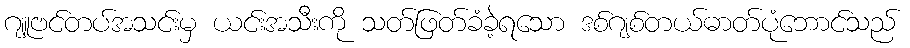
ဂျူဗင်တပ်အသင်းမှ ယင်းအသီးကို သတ်ဖြတ်ခံခဲ့ရသော ဒစ်ဂျစ်တယ်ဓာတ်ပုံဘောင်သည်